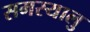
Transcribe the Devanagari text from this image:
समस्यालु